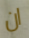
ان